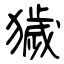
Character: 獩